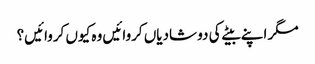
مگر اپنے بیٹے کی دو شادیاں کروائیں وہ کیوں کروائیں؟